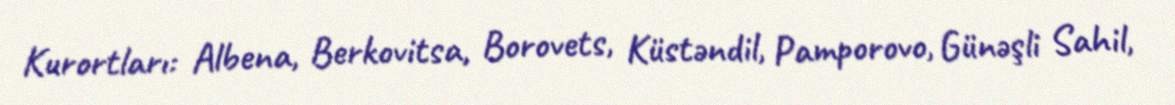
Kurortları: Albena, Berkovitsa, Borovets, Küstəndil, Pamporovo, Günəşli Sahil,